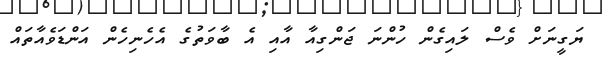
ޔަގީނަށް ވެސް ލައިގެން ހުންނަ ޖަންގިއާ އާއި އެ ބާވަތުގެ އެހެނިހެން އަންޑަވެއާތައް